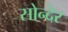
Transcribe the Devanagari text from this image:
सोन्देर